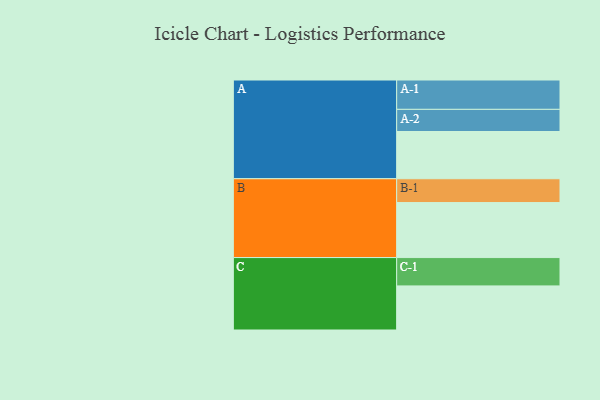
{"axis": {"x": "Segment", "y": "Value"}, "legend": ["", "A", "B", "C"], "data": [{"x": "A", "y": 420, "type": ""}, {"x": "B", "y": 489, "type": ""}, {"x": "C", "y": 392, "type": ""}, {"x": "A-1", "y": 261, "type": "A"}, {"x": "A-2", "y": 197, "type": "A"}, {"x": "B-1", "y": 212, "type": "B"}, {"x": "C-1", "y": 252, "type": "C"}]}